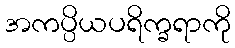
အကပ္ပိယပရိက္ခရာကို